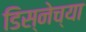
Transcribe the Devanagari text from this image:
डिस्नेच्या